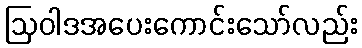
ဩဝါဒအပေးကောင်းသော်လည်း